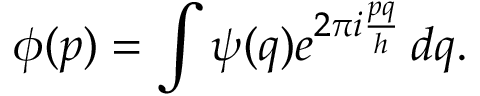
\phi ( p ) = \int \psi ( q ) e ^ { 2 \pi i { \frac { p q } { h } } } \, d q .